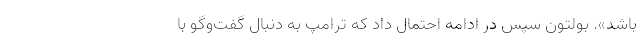
باشد». بولتون سپس در ادامه احتمال داد که ترامپ به دنبال گفت‌وگو با